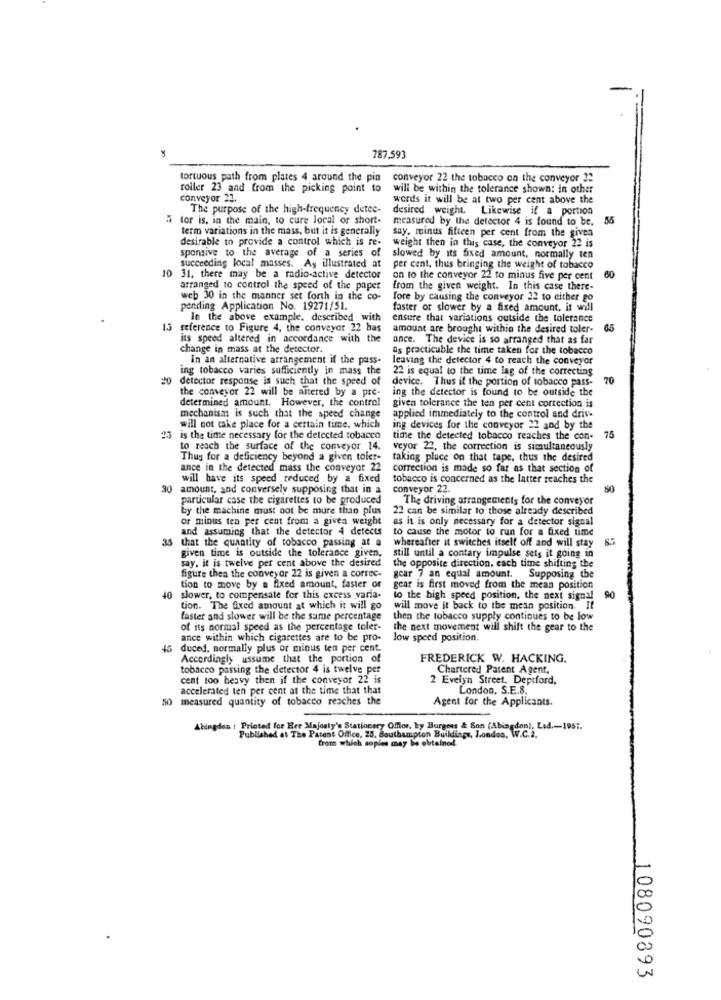
787.593
tortuous path from plates 4 around the pin
conveyor 22 the tobacco on the conveyor 2:
roller 23 and from the picking point to
will be within the tolerance shown: in other
conveyor 22.
words it will be at two per cent above the
The purpose of the high-frequency detee-
desired weight. Likewise if a portion
tor is, in the main, to cure local or short-
measured by the detector 4 is found to be. 55
term variations in the mass, but it is generally
say, minus fifteen per cent from the given
desirable to provide a control which is re- weight then in this case, the conveyor 22 is
spansive to the average of a series of
slowed by its fixed amount, normally ten
succeeding local masses. As illustrated at
per cent, thus bringing the weight of tobacco
10 31, there may be a radio-active detector
on to the conveyor 22 to minus five per cent
60
arranged to control the speed of the paper
from the given weight. In this case there-
web 30 in the manner set forth in the co-
fore by causing the conveyor 22 to either go
pending Application No. 19271/51.
faster or slower by a fixed amount, it will
In the above example, described with
ensure that variations outside the tolerance
13 reference to Figure 4, the conveyor 22 has
amount are brought within the desired toler-
65
its speed altered in accordance with the
ance. The device is so arranged that as far
change in mass at the detector.
as practicable the time taken for the tobacco
In an alternative arrangement if the pass-
leaving the detector 4 to reach the conveyor
ing tobacco varies sufficiently in mass the
22 is equal to the time lag of the correcting
20 detector response is such that the speed of
device. Thus if the portion of tobacco pass-
70
the conveyor 22 will be altered by a pre-
ing the detector is found to be outside the
determined amount. However, the control
given tolerance the ten per cent correction is
mechanism is such that the speed change
applied immediately to the control and drive
will not take place for a certain time. which
ing devices for the conveyor 22 and by the
75
23 is the time necessary for the detected tobacco
time the detected tobacco reaches the con-
to reach the surface of the conveyor 14.
veyor 22, the correction is simultaneously
Thus for a deficiency beyond a given toler-
taking place on that tape, thus the desired
ance in the detected mass the conveyor 22
correction is made so far as that section of
will have its speed reduced by a fixed
tobacco is concerned as the latter reaches the
30 amount, and conversely supposing that in a
conveyor 22.
particular case the cigarettes to be produced
The driving arrangements for the conveyor
by the machine must not be more than plus
22 can be similar to those already described
or mious ten per cent from a given weight
as it is only necessary for a detector signal
and assuming that the detector 4 detects
to cause the motor to run for a fixed time
35 that the quantity of tobacco passing at a
whereafter it switches itself off and will stay
given time is outside the tolerance given.
say. it is twelve per cent above the desired
still until a contary impulse sets it going in
figure then the conveyor 22 is given a correc-
the opposite direction. each time shifting the
gear 7 an equal amount. Supposing the
tion to move by a fixed amount, faster or
gear is first moved from the mean position
40
slower, to compensate for this excess varia-
to the high speed position, the next signal
tion. The fixed amount at which it will go
will move it back to the mean position. It
faster and slower will be the same percentage
then the tobacco supply continues to be low
of its normal speed as the percentage toler-
the next movement will shift the gear to the
ance within which cigarettes are to be pro-
low speed position.
15 duced, normally plus or minus ten per cent.
Accordingly assume that the portion of
FREDERICK W. HACKING.
tobacco passing the detector 4 is twelve per
Chartered Patent Agent,
cent too heavy then if the conveyor 22 is
2 Evelyn Street, Deptford,
accelerated ten per cent at the time that that
London. S.E.8.
50 measured quantity of tobacco reaches the
Agent for the Applicants.
Abingdon : Printed for Her Majesty's Stationery Omor, by Burgon & Son (Abingdon). L
Published at The Patent Office, 25, Bouthampton Buildings, London, tote; d-lesi.
from which soples may be obtained
108090893